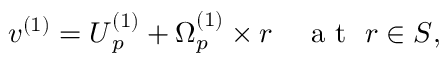
\boldsymbol { v } ^ { ( 1 ) } = \boldsymbol { U } _ { p } ^ { ( 1 ) } + \boldsymbol { \Omega } _ { p } ^ { ( 1 ) } \times \boldsymbol { r } \quad \mathrm { ~ a ~ t ~ \ } \boldsymbol { r } \in S ,